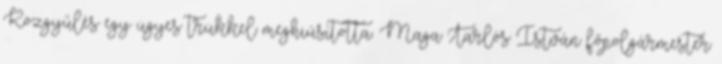
Közgyűlés egy ügyes trükkel meghiúsította. Maga Tarlós István főpolgármester